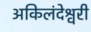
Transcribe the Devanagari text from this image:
अकिलंदेश्वरी